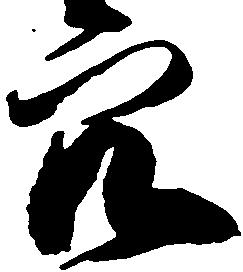
穴